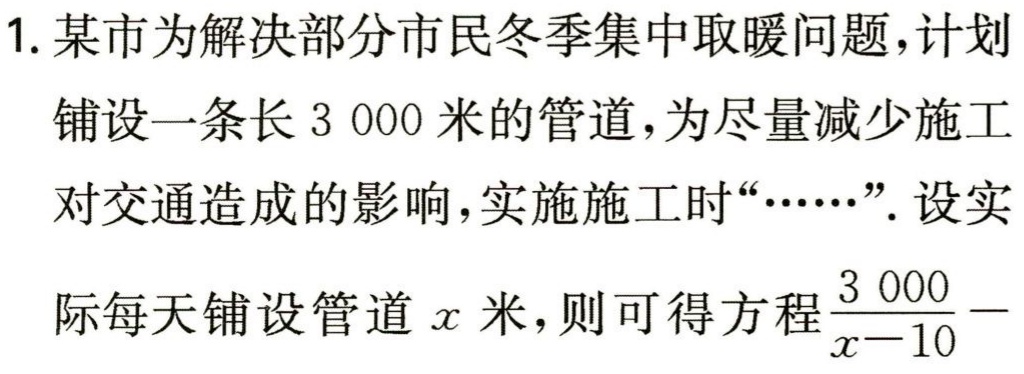
1. 某市为解决部分市民冬季集中取暖问题，计划

铺设一条长$3\ 000$米的管道，为尽量减少施工

对交通造成的影响，实施施工时“……”. 设实

际每天铺设管道$x$米，则可得方程$\frac{3\ 000}{x - 10}-$